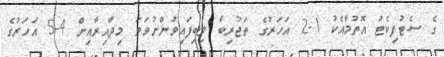
ގެ ސެޓުފިކެޓު އޮތުމާއެކު 1-2 އަހަރުގެ ތަޖުރިބާ ލިބިފައިވުންނުވަތަ މިދާއިރާއިން 4-5 އަހަރުގެ